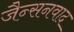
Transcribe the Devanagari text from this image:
जैन्सनवाद